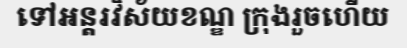
ទៅអន្តរវិស័យខណ្ឌ ក្រុងរួចហើយ